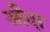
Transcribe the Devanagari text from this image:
औदा